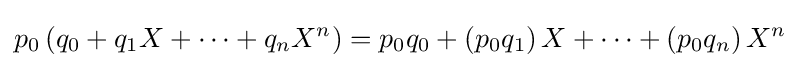
p_{0}\left(q_{0}+q_{1}X+\dots +q_{n}X^{n}\right)=p_{0}q_{0}+\left(p_{0}q_{1}\right)X+\cdots +\left(p_{0}q_{n}\right)X^{n}